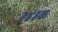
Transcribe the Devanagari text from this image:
२४३क